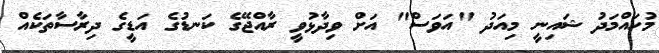
މުހައްމަދު ޝައިނީ މިއަދު "އަވަސް" އަށް ވިދާޅުވީ ރާއްޖޭގެ ކަނޑުގެ އަޑީގެ ދިރާސާތަކެއް